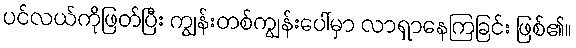
ပင်လယ်ကိုဖြတ်ပြီး ကျွန်းတစ်ကျွန်းပေါ်မှာ လာရှာနေကြခြင်း ဖြစ်၏။